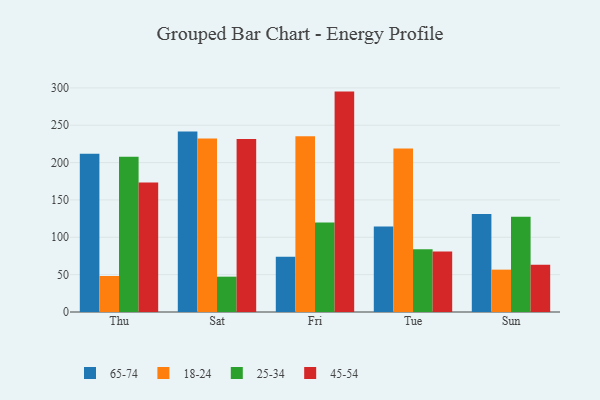
{"axis": {"x": "Day", "y": "Humidity (%)"}, "legend": ["18-24", "25-34", "45-54", "65-74"], "data": [{"x": "Thu", "y": 211.9, "type": "65-74"}, {"x": "Thu", "y": 48.2, "type": "18-24"}, {"x": "Thu", "y": 207.9, "type": "25-34"}, {"x": "Thu", "y": 173.2, "type": "45-54"}, {"x": "Sat", "y": 241.7, "type": "65-74"}, {"x": "Sat", "y": 232.1, "type": "18-24"}, {"x": "Sat", "y": 47.3, "type": "25-34"}, {"x": "Sat", "y": 231.4, "type": "45-54"}, {"x": "Fri", "y": 73.8, "type": "65-74"}, {"x": "Fri", "y": 235.2, "type": "18-24"}, {"x": "Fri", "y": 119.7, "type": "25-34"}, {"x": "Fri", "y": 295.0, "type": "45-54"}, {"x": "Tue", "y": 114.5, "type": "65-74"}, {"x": "Tue", "y": 218.8, "type": "18-24"}, {"x": "Tue", "y": 84.1, "type": "25-34"}, {"x": "Tue", "y": 80.9, "type": "45-54"}, {"x": "Sun", "y": 131.1, "type": "65-74"}, {"x": "Sun", "y": 56.7, "type": "18-24"}, {"x": "Sun", "y": 127.4, "type": "25-34"}, {"x": "Sun", "y": 63.2, "type": "45-54"}]}